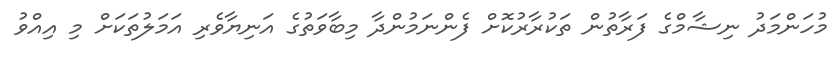
މުހަންމަދު ނިޝާމްގެ ފަރާތުން ތަކުރާރުކޮށް ފެންނަމުންދާ މިބާވަތުގެ އަނިޔާވެރި އަމަލުތަކަށް މި އިއްވު